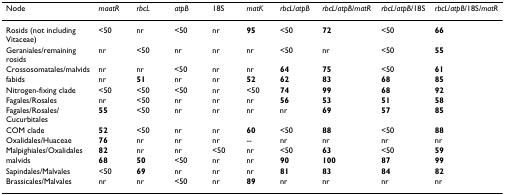
<table><thead><tr><td><b>Node</b></td><td><b><i>maatR</i></b></td><td><b><i>rbcL</i></b></td><td><b><i>atpB</i></b></td><td><b>18S</b></td><td><b><i>matK</i></b></td><td><b><i>rbcL</i>/<i>atpB</i></b></td><td><b><i>rbcL</i>/<i>atpB</i>/<i>matR</i></b></td><td><b><i>rbcL</i>/<i>atpB</i>/18S</b></td><td><b><i>rbcL</i>/<i>atpB</i>/18S/<i>matR</i></b></td></tr></thead><tbody><tr><td>Rosids (not including Vitaceae)</td><td>&lt;50</td><td>nr</td><td>&lt;50</td><td>nr</td><td><b>95</b></td><td>&lt;50</td><td><b>72</b></td><td>&lt;50</td><td><b>66</b></td></tr><tr><td>Geraniales/remaining rosids</td><td>nr</td><td>&lt;50</td><td>nr</td><td>nr</td><td>nr</td><td>&lt;50</td><td>nr</td><td>&lt;50</td><td><b>55</b></td></tr><tr><td>Crossosomatales/malvids</td><td>nr</td><td>nr</td><td>&lt;50</td><td>nr</td><td>nr</td><td><b>64</b></td><td><b>75</b></td><td>&lt;50</td><td><b>61</b></td></tr><tr><td>fabids</td><td>nr</td><td><b>51</b></td><td>nr</td><td>nr</td><td><b>52</b></td><td><b>62</b></td><td><b>83</b></td><td><b>68</b></td><td><b>85</b></td></tr><tr><td>Nitrogen-fixing clade</td><td>&lt;50</td><td>&lt;50</td><td>&lt;50</td><td>nr</td><td>&lt;50</td><td><b>74</b></td><td><b>99</b></td><td><b>68</b></td><td><b>92</b></td></tr><tr><td>Fagales/Rosales</td><td>nr</td><td>&lt;50</td><td>nr</td><td>nr</td><td>nr</td><td><b>56</b></td><td><b>53</b></td><td><b>51</b></td><td><b>58</b></td></tr><tr><td>Fagales/Rosales/Cucurbitales</td><td><b>55</b></td><td>&lt;50</td><td>nr</td><td>nr</td><td>nr</td><td>nr</td><td><b>69</b></td><td><b>57</b></td><td><b>85</b></td></tr><tr><td>COM clade</td><td><b>52</b></td><td>&lt;50</td><td>nr</td><td>nr</td><td><b>60</b></td><td>&lt;50</td><td><b>88</b></td><td>&lt;50</td><td><b>88</b></td></tr><tr><td>Oxalidales/Huaceae</td><td><b>76</b></td><td>nr</td><td>nr</td><td>nr</td><td>--</td><td>nr</td><td>nr</td><td>nr</td><td>nr</td></tr><tr><td>Malpighiales/Oxalidales</td><td><b>82</b></td><td>nr</td><td>nr</td><td>&lt;50</td><td>nr</td><td>&lt;50</td><td><b>63</b></td><td>&lt;50</td><td><b>59</b></td></tr><tr><td>malvids</td><td><b>68</b></td><td><b>50</b></td><td>&lt;50</td><td>nr</td><td>nr</td><td><b>90</b></td><td><b>100</b></td><td><b>87</b></td><td><b>99</b></td></tr><tr><td>Sapindales/Malvales</td><td>&lt;50</td><td><b>69</b></td><td>nr</td><td>nr</td><td>nr</td><td><b>81</b></td><td><b>83</b></td><td><b>84</b></td><td><b>82</b></td></tr><tr><td>Brassicales/Malvales</td><td>nr</td><td>nr</td><td>&lt;50</td><td>nr</td><td><b>89</b></td><td>nr</td><td>nr</td><td>nr</td><td>nr</td></tr></tbody></table>